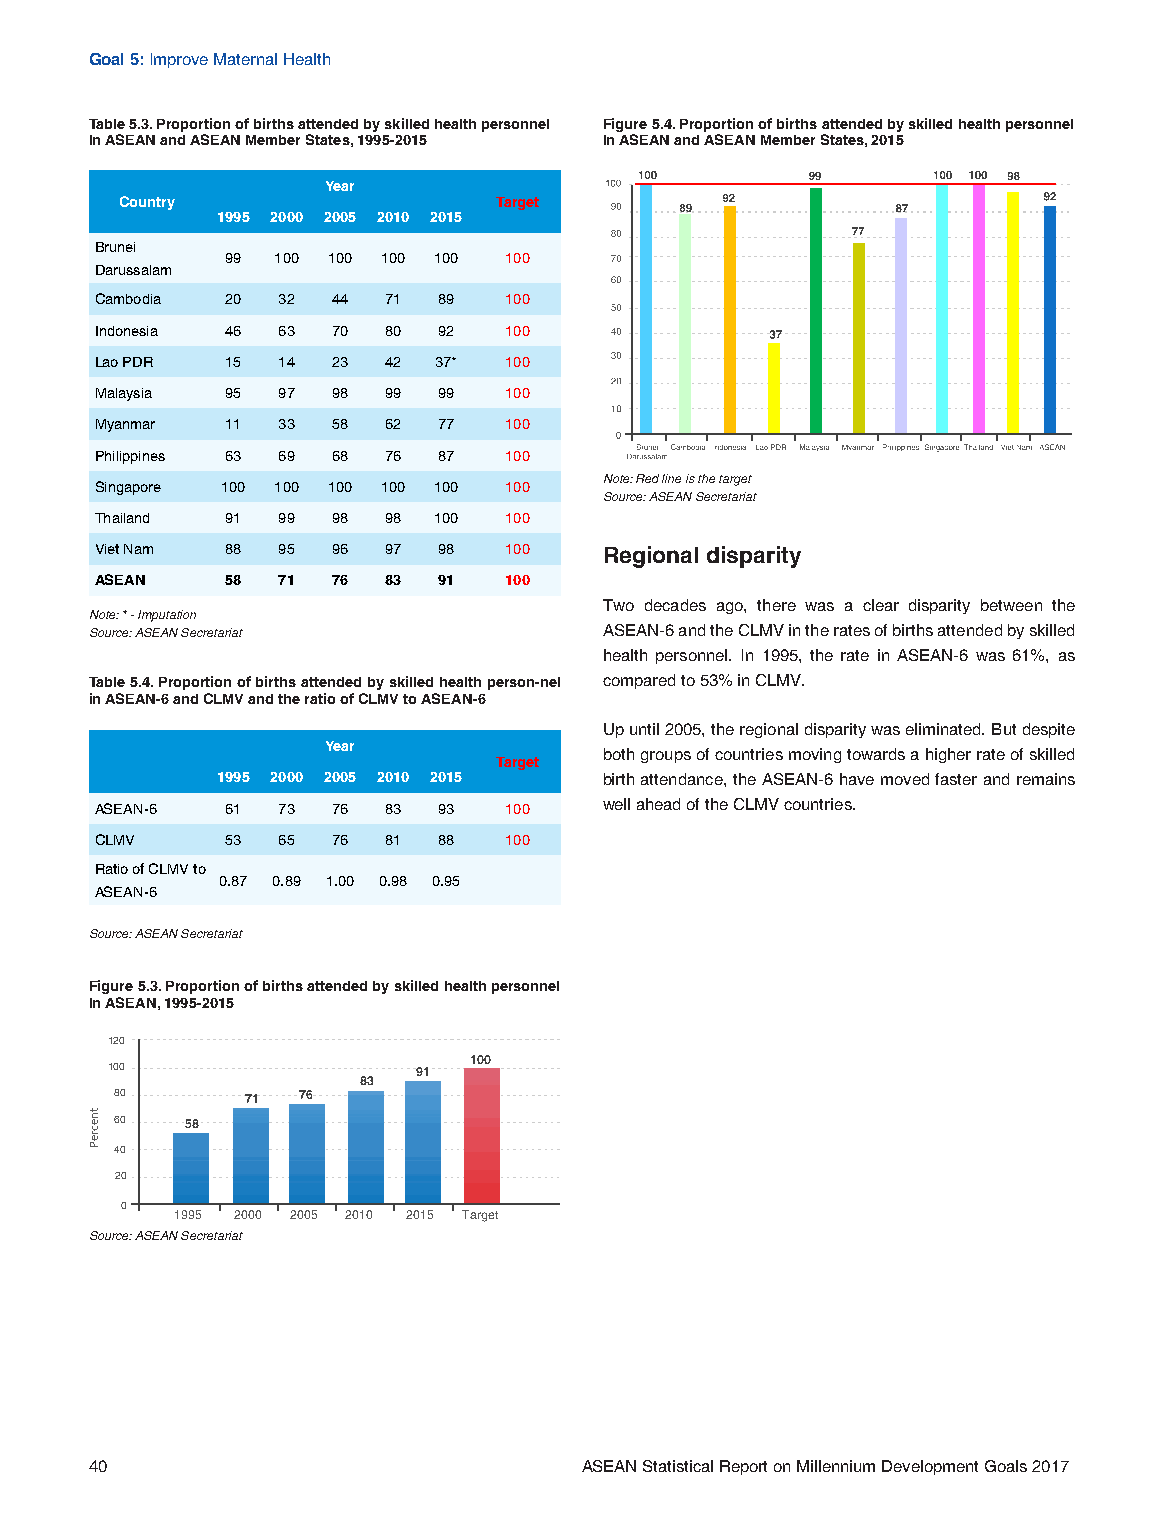
Goal 5: Improve Maternal Health
 Table 5.3. Proportion of births attended by skilled health personnel Figure 5.4. Proportion of births attended by skilled health personnel
 In ASEAN and ASEAN Member States, 1995-2015 In ASEAN and ASEAN Member States, 2015
 Year
 Country                  Target
 1995 2000 2005 2010 2015
 Brunei
 99 100 100 100 100 100
 Darussalam
 Cambodia 20 32  44 71  89  100
 Indonesia 46 63 70 80  92  100
 Lao PDR  15 14  23 42  37* 100
 Malaysia 95 97  98 99  99  100
 Myanmar  11 33  58 62  77  100
 Philippines 63 69 68 76 87 100
 Note: Red line is the target
 Singapore 100 100 100 100 100 100
 Source: ASEAN Secretariat
 Thailand 91 99  98 98  100 100
 Viet Nam 88 95  96 97  98  100    Regional disparity
 ASEAN    58 71  76 83  91  100
 Two decades ago, there was a clear disparity between the
 Note: * - Imputation
 Source: ASEAN Secretariat         ASEAN-6 and the CLMV in the rates of births attended by skilled
 health personnel. In 1995, the rate in ASEAN-6 was 61%, as
 Table 5.4. Proportion of births attended by skilled health person-nel compared to 53% in CLMV.
 in ASEAN-6 and CLMV and the ratio of CLMV to ASEAN-6
 Up until 2005, the regional disparity was eliminated. But despite
 Year
 both groups of countries moving towards a higher rate of skilled
 Target
 1995 2000 2005 2010 2015  birth attendance, the ASEAN-6 have moved faster and remains
 ASEAN-6  61 73  76 83  93  100    well ahead of the CLMV countries.
 CLMV     53 65  76 81  88  100
 Ratio of CLMV to
 0.87 0.89 1.00 0.98 0.95
 ASEAN-6
 Source: ASEAN Secretariat
 Figure 5.3. Proportion of births attended by skilled health personnel
 In ASEAN, 1995-2015
 120
 100
 100                  91
 83
 80      71  76
 60  58
 40
 20
 0
 1995 2000 2005 2010 2015 Target
 Source: ASEAN Secretariat
 40                              ASEAN Statistical Report on Millennium Development Goals 2017
 tnecreP